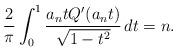
LaTeX: \begin{align*}\frac{2}{\pi}\int_0^1\frac{a_ntQ'(a_nt)}{\sqrt{1-t^2}}\, dt=n.\end{align*}